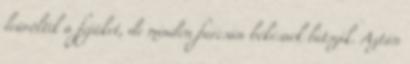
leüvöltik a fejüket, de minden furcsán békésnek látszik. Aztán